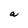
Character: a